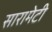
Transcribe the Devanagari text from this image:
सारामेटी